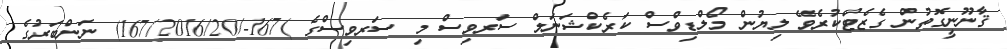
ޤާނޫނީގޮތުން ގެޒެޓްކުރެވޭ ލިޔުން މޯލްޑިވްސް ކަރެކްޝަނަލް ސަރވިސް މި ސަރވިސްގެ )167-/167/2016/20) ނަންބަރުގެ